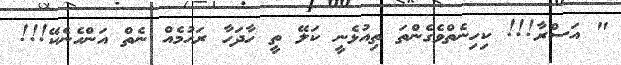
" އަސްރާ!!! ކިހިނެތްވެގެންތަ ތިއުޅެނީ ކަލޭ ތީ ހާދަހާ ރަޙުމެއް ނެތް އަންހެނެކޭ!!!